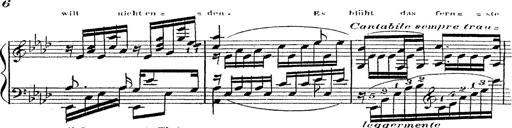
Title: 12 Lieder von Franz Schubert
Composer: Franz Liszt